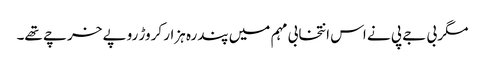
مگر بی جے پی نے اس انتخابی مہم میں پندرہ ہزار کروڑ روپے خرچے تھے۔